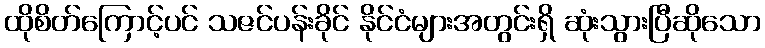
ထိုစိတ်ကြောင့်ပင် သဇင်ပန်းခိုင် နိုင်ငံများအတွင်းရှိ ဆုံးသွားပြီဆိုသော